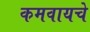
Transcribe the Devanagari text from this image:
कमवायचे